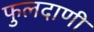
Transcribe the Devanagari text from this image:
फुलदाणी